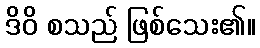
ဒိဝိ စသည် ဖြစ်သေး၏။